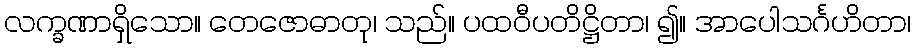
လက္ခဏာရှိသော။ တေဇောဓာတု၊ သည်။ ပထဝီပတိဋ္ဌိတာ၊ ၍။ အာပေါသင်္ဂဟိတာ၊